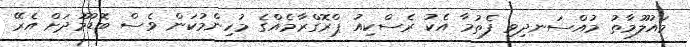
މައުލޫމާތު މުއްސަނދިވި ފެތުމާ އެކު ރެސްކިއު ޕްރޮގްރާމެއްގެ މުހިންމުކަން ވެސް ބޮޑުމޫދަށް އެރޭ